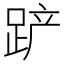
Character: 𰸎